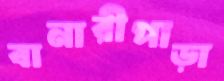
বানারীপাড়া